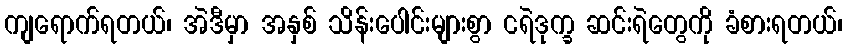
ကျရောက်ရတယ်၊ အဲဒီမှာ အနှစ် သိန်းပေါင်းများစွာ ငရဲဒုက္ခ ဆင်းရဲတွေကို ခံစားရတယ်၊